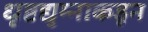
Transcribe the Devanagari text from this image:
धृष्टद्युम्नाकडून